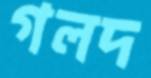
গলদ